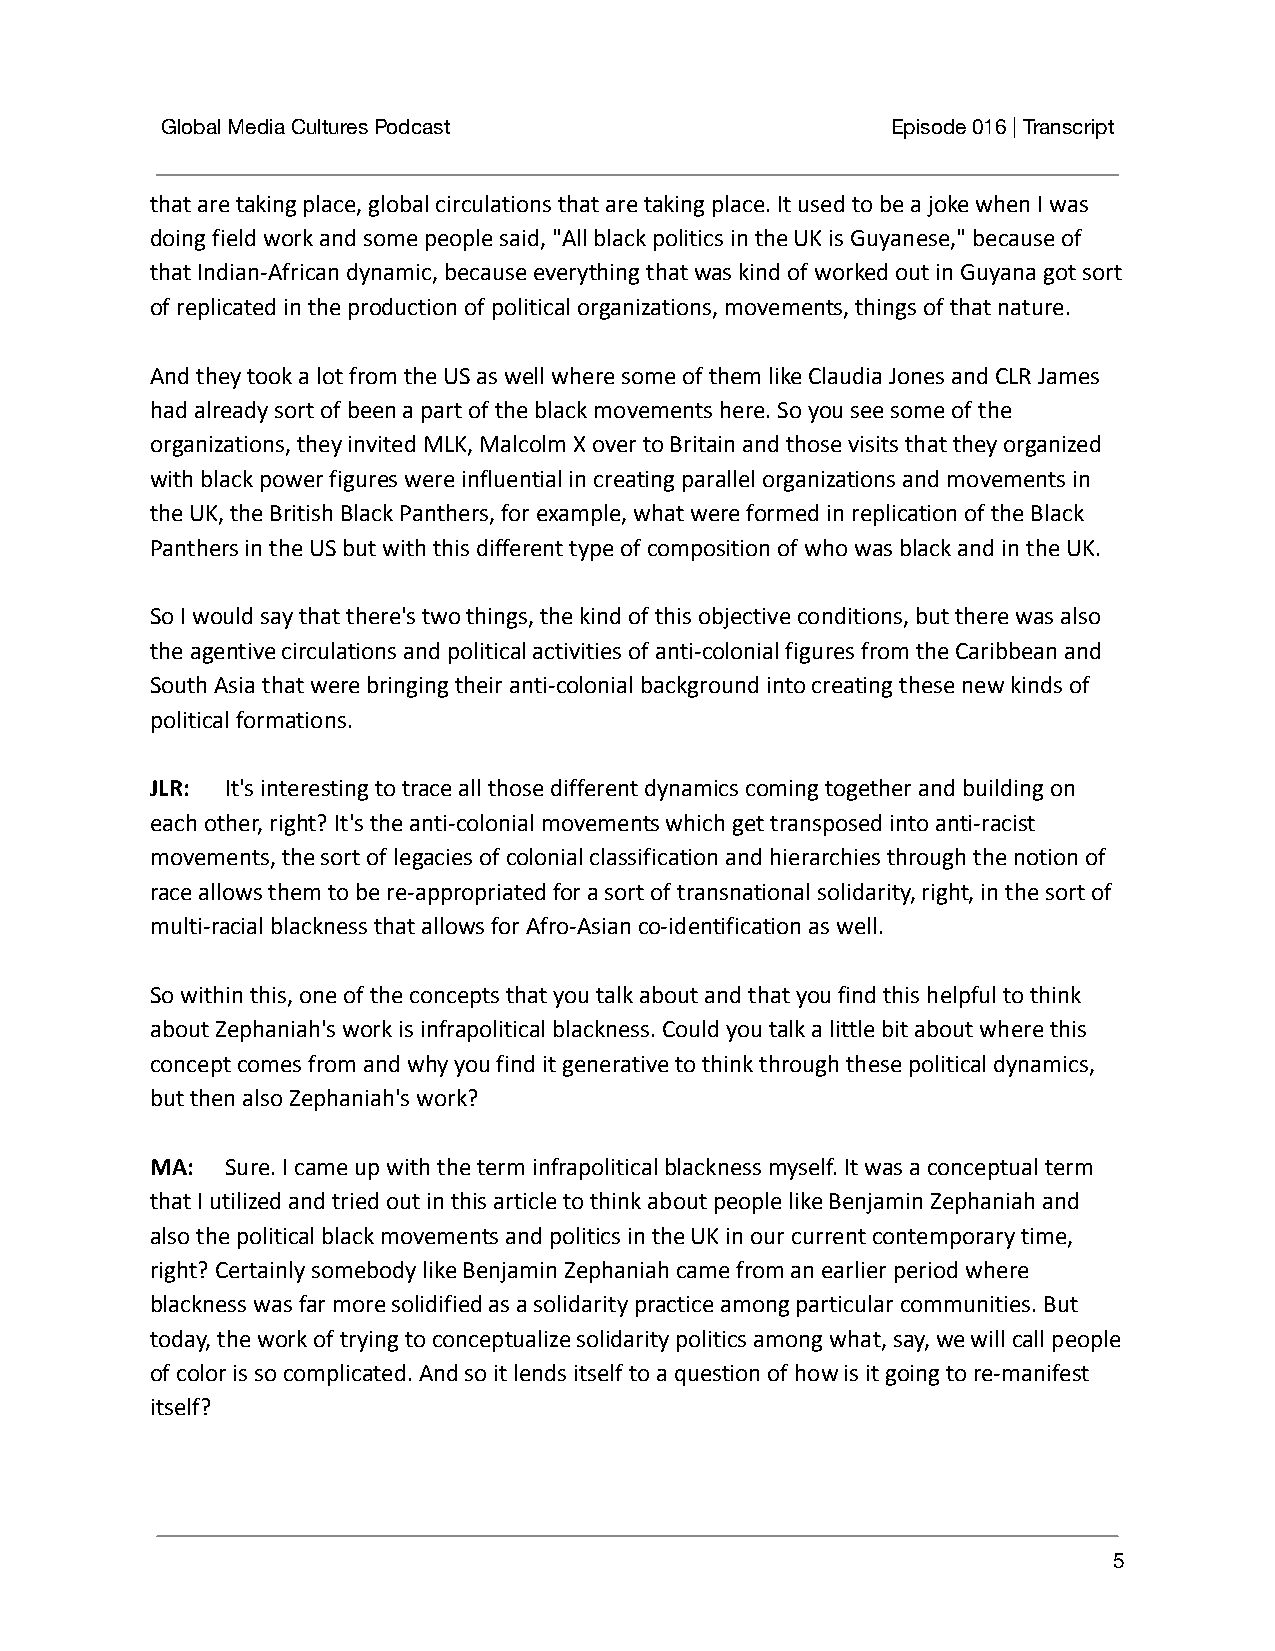
Global Media Cultures Podcast                   Episode 016 | Transcript
 that are taking place, global circulations that are taking place. It used to be a joke when I was
 doing field work and some people said, "All black politics in the UK is Guyanese," because of
 that Indian-African dynamic, because everything that was kind of worked out in Guyana got sort
 of replicated in the production of political organizations, movements, things of that nature.
 And they took a lot from the US as well where some of them like Claudia Jones and CLR James
 had already sort of been a part of the black movements here. So you see some of the
 organizations, they invited MLK, Malcolm X over to Britain and those visits that they organized
 with black power figures were influential in creating parallel organizations and movements in
 the UK, the British Black Panthers, for example, what were formed in replication of the Black
 Panthers in the US but with this different type of composition of who was black and in the UK.
 So I would say that there's two things, the kind of this objective conditions, but there was also
 the agentive circulations and political activities of anti-colonial figures from the Caribbean and
 South Asia that were bringing their anti-colonial background into creating these new kinds of
 political formations.
 JLR: It's interesting to trace all those differentdynamics coming together and building on
 each other, right? It's the anti-colonial movements which get transposed into anti-racist
 movements, the sort of legacies of colonial classification and hierarchies through the notion of
 race allows them to be re-appropriated for a sort of transnational solidarity, right, in the sort of
 multi-racial blackness that allows for Afro-Asian co-identification as well.
 So within this, one of the concepts that you talk about and that you find this helpful to think
 about Zephaniah's work is infrapolitical blackness. Could you talk a little bit about where this
 concept comes from and why you find it generative to think through these political dynamics,
 but then also Zephaniah's work?
 MA:  Sure. I came up with the term infrapoliticalblackness myself. It was a conceptual term
 that I utilized and tried out in this article to think about people like Benjamin Zephaniah and
 also the political black movements and politics in the UK in our current contemporary time,
 right? Certainly somebody like Benjamin Zephaniah came from an earlier period where
 blackness was far more solidified as a solidarity practice among particular communities. But
 today, the work of trying to conceptualize solidarity politics among what, say, we will call people
 of color is so complicated. And so it lends itself to a question of how is it going to re-manifest
 itself?
 5